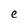
Character: e